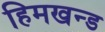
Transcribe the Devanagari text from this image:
हिमखन्ड